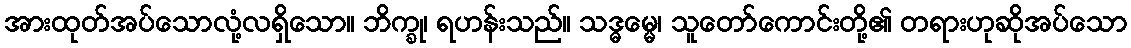
အားထုတ်အပ်သောလုံ့လရှိသော။ ဘိက္ခု၊ ရဟန်းသည်။ သဒ္ဓမ္မေ၊ သူတော်ကောင်းတို့၏ တရားဟုဆိုအပ်သော